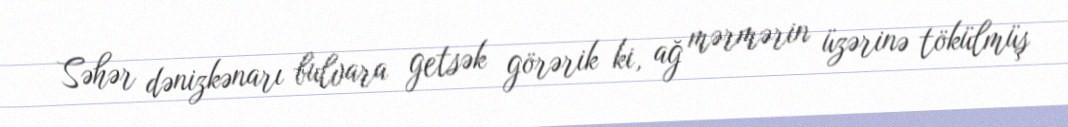
Səhər dənizkənarı bulvara getsək görərik ki, ağ mərmərin üzərinə tökülmüş